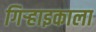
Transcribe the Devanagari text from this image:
गिऱ्हाइकाला